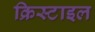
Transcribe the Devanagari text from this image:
क्रिस्टाइल